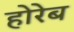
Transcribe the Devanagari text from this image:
होरेब